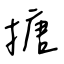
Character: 搪